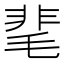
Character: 靟